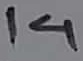
Text: 14